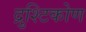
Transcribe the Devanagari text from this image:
द्रुश्टिकोण